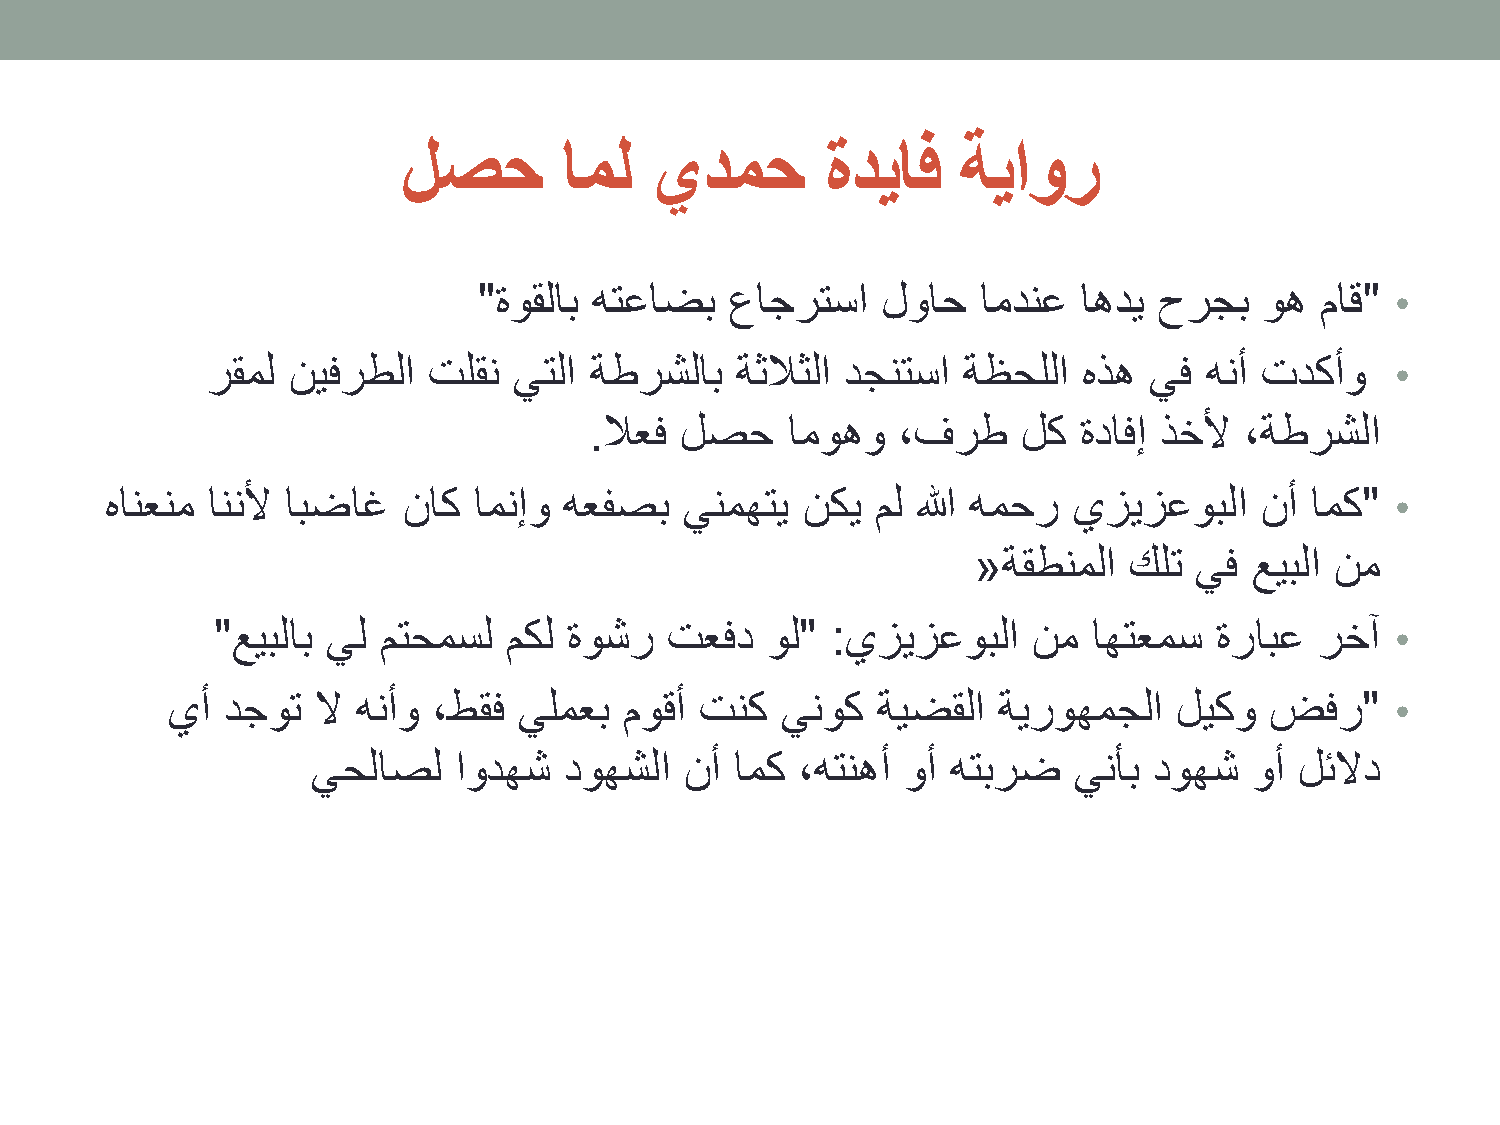
لصح       امل   يدمح        ةدياف    ةياور
 "ةوقلاب هتعاضب  عاجرتسا   لواح   امدنع  اهدي حرجب   وه ماق" •
 رقمل نيفرطلا  تلقن  يتلا ةطرشلاب   ةثلاثلا دجنتسا ةظحللا  هذه يف  هنأ تدكأو   •
 .لاعف لصح    اموهو  ،فرط     لك  ةدافإ ذخلأ ،ةطرشلا
 هانعنم اننلأ ابضاغ  ناك امنإو هعفصب   ينمهتي  نكي  مل الله همحر يزيزعوبلا   نأ  امك" •
 «ةقطنملا  كلت يف  عيبلا نم
 "عيبلاب يل متحمسل   مكل ةوشر  تعفد   ول" :يزيزعوبلا   نم  اهتعمس   ةرابع رخآ  •
 يأ  دجوت  لا هنأو ،طقف يلمعب  موقأ تنك   ينوك  ةيضقلا  ةيروهمجلا   ليكو  ضفر"    •
 يحلاصل   اودهش  دوهشلا  نأ  امك ،هتنهأ وأ هتبرض   ينأب دوهش   وأ لئلاد